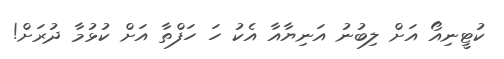
ކުޓީނިއޯ އަށް ލިބުނު އަނިޔާއާ އެކު ހަ ހަފްތާ އަށް ކުޅުމާ ދުރަށް!